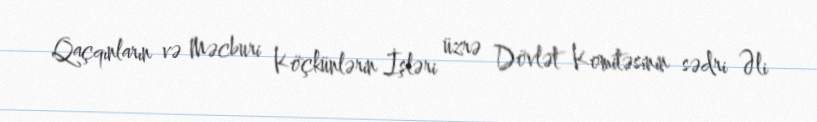
Qaçqınların və Məcburi Köçkünlərin İşləri üzrə Dövlət Komitəsinin sədri Əli